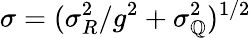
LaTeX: \sigma=(\sigma_{R}^{2}/g^{2}+\sigma_{\mathbb{Q}}^{2})^{1/2}